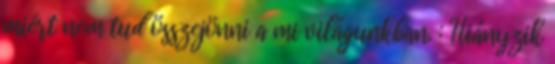
miért nem tud összejönni a mi világunkban. : Hiányzik